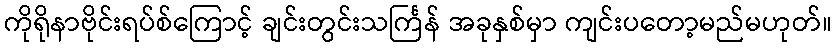
ကိုရိုနာဗိုင်းရပ်စ်ကြောင့် ချင်းတွင်းသင်္ကြန် အခုနှစ်မှာ ကျင်းပတော့မည်မဟုတ်။